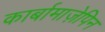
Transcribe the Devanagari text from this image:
कार्बामाज़ेपिन